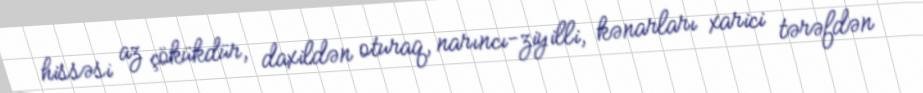
hissəsi az çökükdür, daxildən oturaq, narıncı-ziyilli, kənarları xarici tərəfdən